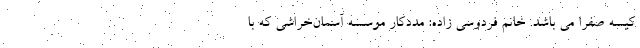
کیسه صفرا می باشد. خانم فردوسی زاده: مددکار موسسه آسمان‌خراشی که با